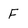
Character: F